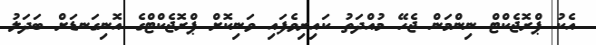
އެކު ޕްރޮޖެކްޓް ނިންމަން ޖެހޭ މުއްދަތު ކައިރިވެފައި ވަނިކޮށް ޕްރޮޖެކްޓްގެ އޮނިގަނޑަށް ބަދަލު